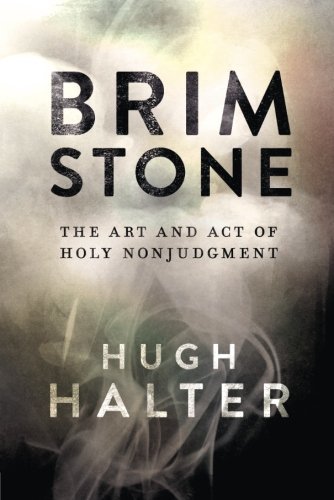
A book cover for Brimstone: The Art and Act of Holy Nonjudgment; Hugh Halter; Christian Books & Bibles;